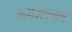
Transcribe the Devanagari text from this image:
कमअस्सल